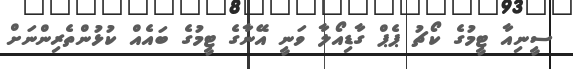
ސީނިއާ ޓީމުގެ ކޯޗު ޕެޕް ގާޑިއޯލާ ވަނީ އޭނާގެ ޓީމުގެ ބައެއް ކުޅުންތެރިންނަށް